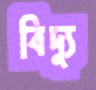
বিদ্যু